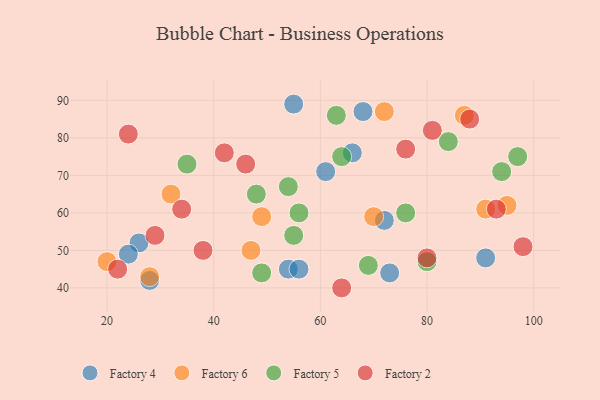
{"axis": {"x": "GDP", "y": "Life Expectancy"}, "legend": ["Factory 2", "Factory 4", "Factory 5", "Factory 6"], "data": [{"x": "68", "y": 87, "type": "Factory 4"}, {"x": "28", "y": 42, "type": "Factory 4"}, {"x": "73", "y": 44, "type": "Factory 4"}, {"x": "61", "y": 71, "type": "Factory 4"}, {"x": "72", "y": 58, "type": "Factory 4"}, {"x": "91", "y": 48, "type": "Factory 4"}, {"x": "54", "y": 45, "type": "Factory 4"}, {"x": "56", "y": 45, "type": "Factory 4"}, {"x": "26", "y": 52, "type": "Factory 4"}, {"x": "55", "y": 89, "type": "Factory 4"}, {"x": "66", "y": 76, "type": "Factory 4"}, {"x": "24", "y": 49, "type": "Factory 4"}, {"x": "47", "y": 50, "type": "Factory 6"}, {"x": "32", "y": 65, "type": "Factory 6"}, {"x": "72", "y": 87, "type": "Factory 6"}, {"x": "87", "y": 86, "type": "Factory 6"}, {"x": "70", "y": 59, "type": "Factory 6"}, {"x": "91", "y": 61, "type": "Factory 6"}, {"x": "95", "y": 62, "type": "Factory 6"}, {"x": "49", "y": 59, "type": "Factory 6"}, {"x": "20", "y": 47, "type": "Factory 6"}, {"x": "28", "y": 43, "type": "Factory 6"}, {"x": "80", "y": 47, "type": "Factory 5"}, {"x": "63", "y": 86, "type": "Factory 5"}, {"x": "97", "y": 75, "type": "Factory 5"}, {"x": "49", "y": 44, "type": "Factory 5"}, {"x": "54", "y": 67, "type": "Factory 5"}, {"x": "69", "y": 46, "type": "Factory 5"}, {"x": "94", "y": 71, "type": "Factory 5"}, {"x": "56", "y": 60, "type": "Factory 5"}, {"x": "64", "y": 75, "type": "Factory 5"}, {"x": "35", "y": 73, "type": "Factory 5"}, {"x": "55", "y": 54, "type": "Factory 5"}, {"x": "76", "y": 60, "type": "Factory 5"}, {"x": "48", "y": 65, "type": "Factory 5"}, {"x": "84", "y": 79, "type": "Factory 5"}, {"x": "93", "y": 61, "type": "Factory 2"}, {"x": "38", "y": 50, "type": "Factory 2"}, {"x": "42", "y": 76, "type": "Factory 2"}, {"x": "46", "y": 73, "type": "Factory 2"}, {"x": "88", "y": 85, "type": "Factory 2"}, {"x": "76", "y": 77, "type": "Factory 2"}, {"x": "24", "y": 81, "type": "Factory 2"}, {"x": "64", "y": 40, "type": "Factory 2"}, {"x": "29", "y": 54, "type": "Factory 2"}, {"x": "98", "y": 51, "type": "Factory 2"}, {"x": "80", "y": 48, "type": "Factory 2"}, {"x": "81", "y": 82, "type": "Factory 2"}, {"x": "34", "y": 61, "type": "Factory 2"}, {"x": "22", "y": 45, "type": "Factory 2"}]}